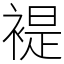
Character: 褆